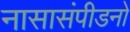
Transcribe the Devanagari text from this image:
नासासंपीडनो